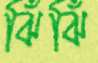
ঝিঁঝিঁ